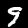
Digit: 9